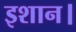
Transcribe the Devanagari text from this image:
इशान।